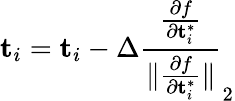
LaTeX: \mathbf{t}_{i}=\mathbf{t}_{i}-\Delta\frac{\frac{\partial f}{\partial\mathbf{t}_{i}^{*}}}{\lVert\frac{\partial f}{\partial\mathbf{t}_{i}^{*}}\rVert}_{2}